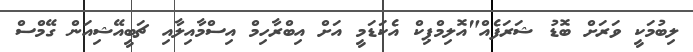
ލިބުމަކީ ވަރަށް ބޮޑު ޝަރަފެއް"އޮލިމްޕިކް އެކަޑަމީ އަށް އިބްރާހިމް އިސްމާއިލާއި ޗަބީއޭޝިއަން ގޭމްސް